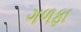
ગળફા